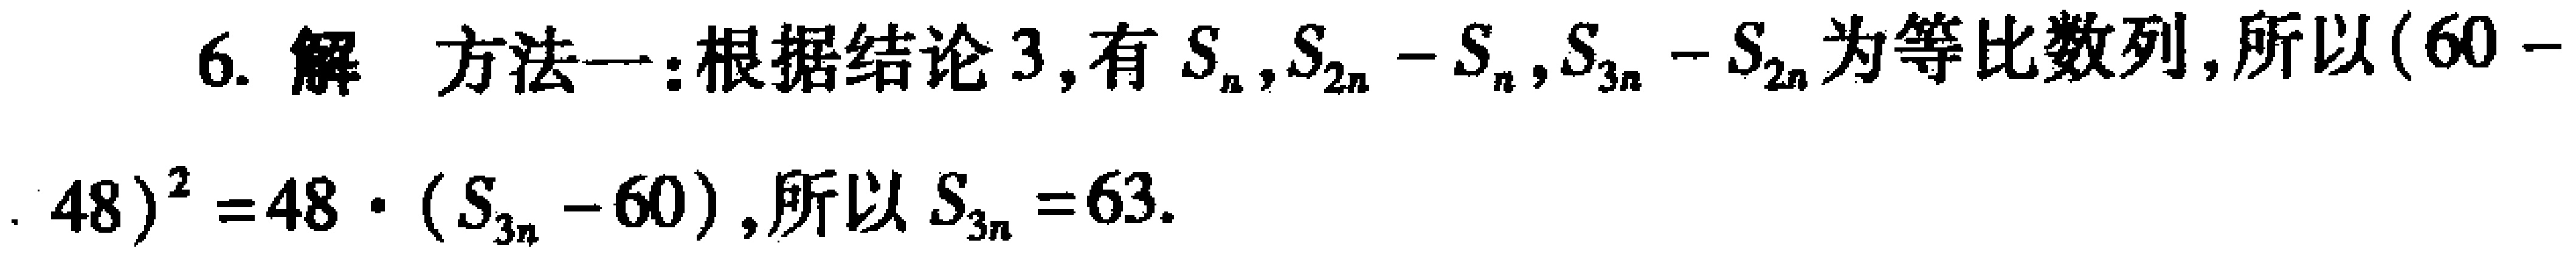
6. 解 方法一：根据结论3, 有\(S_{n},S_{2n}-S_{n},S_{3n}-S_{2n}\)为等比数列,所以\((60 - 48)^{2}=48\cdot(S_{3n}-60)\),所以\(S_{3n}=63\).